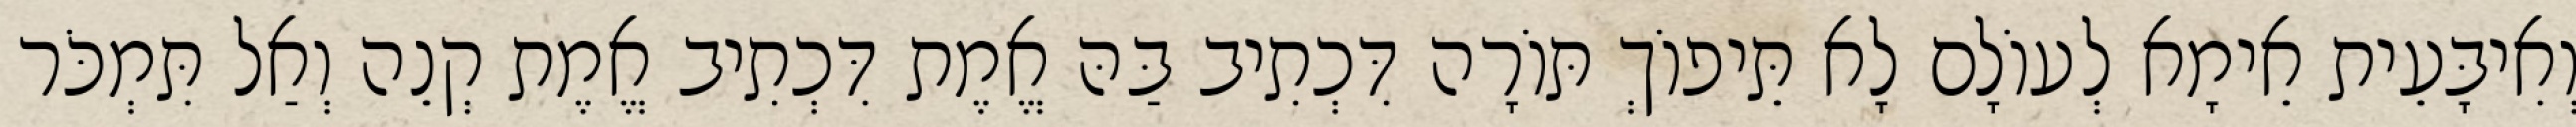
וְאִיבָּעֵית אֵימָא לְעוֹלָם לָא תֵּיפוֹךְ תּוֹרָה דִּכְתִיב בַּהּ אֱמֶת דִּכְתִיב אֱמֶת קְנֵה וְאַל תִּמְכֹּר